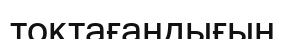
тоқтағандығын